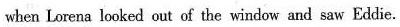
when Lorena looked out of the window and saw Eddie.